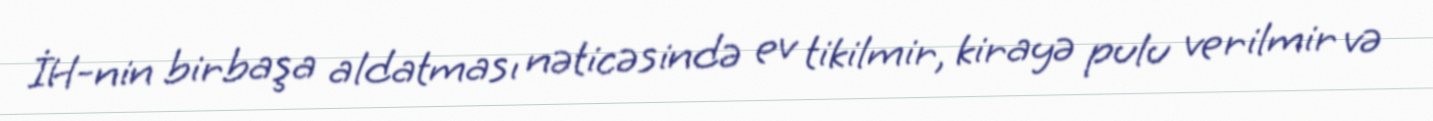
İH-nin birbaşa aldatması nəticəsində ev tikilmir, kirayə pulu verilmir və